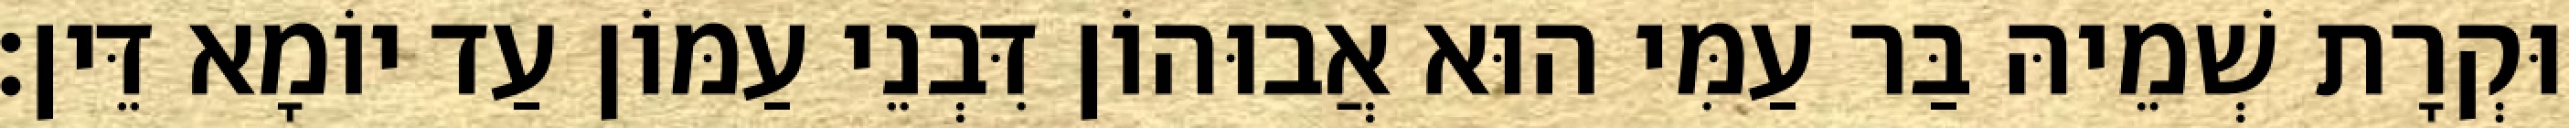
וּקְרָת שְׁמֵיהּ בַּר עַמִּי הוּא אֲבוּהוֹן דִּבְנֵי עַמּוֹן עַד יוֹמָא דֵּין׃